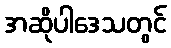
အဆိုပါဒေသတွင်